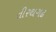
તીરથગઢ